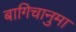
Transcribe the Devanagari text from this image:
बागिचानुमा